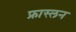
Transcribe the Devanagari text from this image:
फ्रास्लन